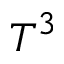
T ^ { 3 }